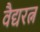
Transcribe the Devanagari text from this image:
वैद्यरत्न